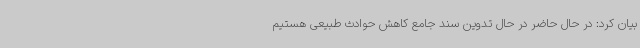
بیان کرد: در حال حاضر در حال تدوین سند جامع کاهش حوادث طبیعی هستیم